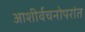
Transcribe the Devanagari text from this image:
आशीर्वचनोपरांत